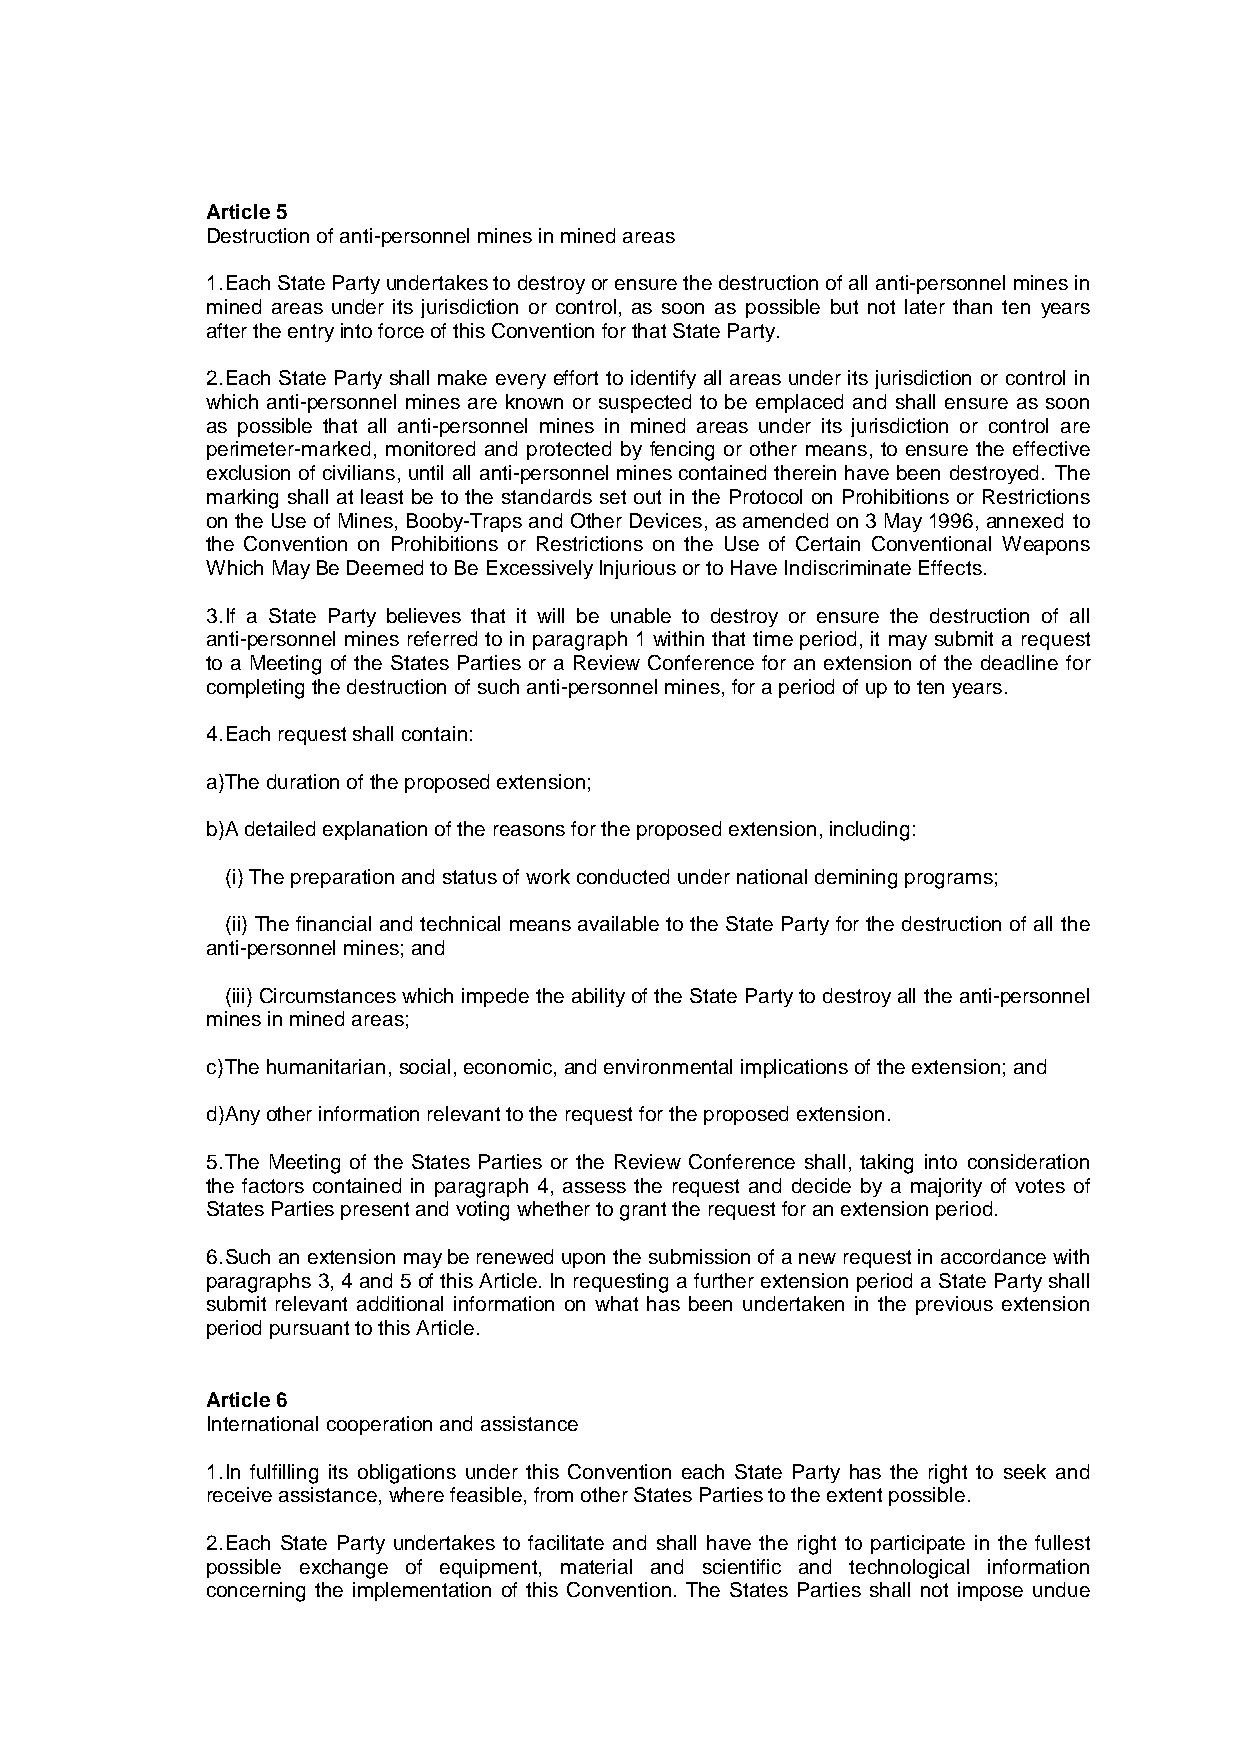
Article5
 Destruction of anti-personnel mines in mined areas
 1.Each State Partyundertakes to destroyor ensure the destruction of all anti-personnel mines in
 mined areas under its jurisdiction or control, as soon as possible but not later than ten years
 after the entryinto force of this Convention for that State Party.
 2.Each State Partyshall make everyeffort to identifyall areas under its jurisdiction or control in
 which anti-personnel mines are known or suspected to be emplaced and shall ensure as soon
 as possible that all anti-personnel mines in mined areas under its jurisdiction or control are
 perimeter-marked, monitored and protected by fencing or other means, to ensure the effective
 exclusion of civilians, until all anti-personnel mines contained therein have been destroyed. The
 marking shall at least be to the standards set out in the Protocol on Prohibitions or Restrictions
 on the Use of Mines,Booby-Traps and Other Devices,as amended on 3May1996,annexed to
 the Convention on Prohibitions or Restrictions on the Use of Certain Conventional Weapons
 Which MayBe Deemed to Be ExcessivelyInjurious or to Have Indiscriminate Effects.
 3.If a State Party believes that it will be unable to destroy or ensure the destruction of all
 anti-personnel mines referred to in paragraph 1 within that time period, it may submit a request
 to a Meeting of the States Parties or a Review Conference for an extension of the deadline for
 completing the destruction of such anti-personnel mines,for a period of up to ten years.
 4.Each request shall contain:
 a)The duration of the proposed extension;
 b)A detailed explanation of the reasons for the proposed extension,including:
 (i)The preparation and status of work conducted under national demining programs;
 (ii) The financial and technical means available to the State Partyfor the destruction of all the
 anti-personnel mines;and
 (iii) Circumstances which impede the abilityof the State Partyto destroyall the anti-personnel
 mines in mined areas;
 c)The humanitarian,social,economic,and environmental implications of the extension;and
 d)Anyother information relevant to the request for the proposed extension.
 5.The Meeting of the States Parties or the Review Conference shall, taking into consideration
 the factors contained in paragraph 4, assess the request and decide by a majority of votes of
 States Parties present and voting whether to grant the request for an extension period.
 6.Such an extension maybe renewed upon the submission of a new request in accordance with
 paragraphs 3,4and5of this Article.In requesting a further extension period a State Partyshall
 submit relevant additional information on what has been undertaken in the previous extension
 period pursuant to this Article.
 Article6
 International cooperation and assistance
 1.In fulfilling its obligations under this Convention each State Party has the right to seek and
 receive assistance,where feasible,from other States Parties to the extent possible.
 2.Each State Party undertakes to facilitate and shall have the right to participate in the fullest
 possible exchange of equipment, material and scientific and technological information
 concerning the implementation of this Convention. The States Parties shall not impose undue